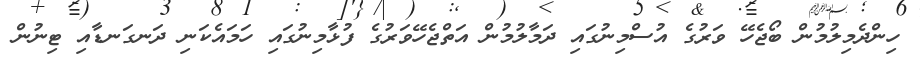
ހިންދެމިލުމުން ބޯޖެހޭ ވަރުގެ އުސްމިނުގައި ދަމާލުމުން އަތްޖެހޭވަރުގެ ފުޅާމިނުގައި ހަމައެކަނި ދަނގަނޑާއި ޓިނުން